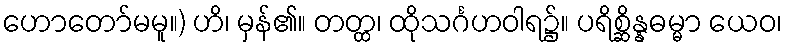
ဟောတော်မမူ။) ဟိ၊ မှန်၏။ တတ္ထ၊ ထိုသင်္ဂဟဝါရ၌။ ပရိစ္ဆိန္နဓမ္မာ ယေဝ၊